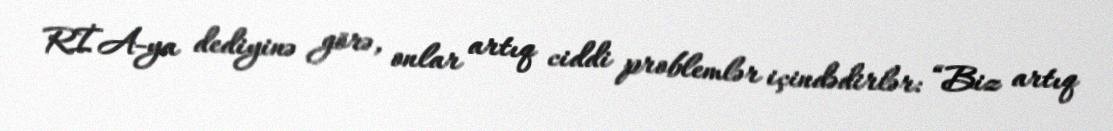
RİA-ya dediyinə görə, onlar artıq ciddi problemlər içindədirlər: “Biz artıq